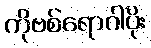
ကိုဗစ်ရောဂါပိုး